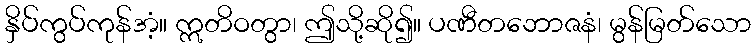
နှိပ်ကွပ်ကုန်အံ့။ ဣတိဝတွာ၊ ဤသို့ဆို၍။ ပဏီတဘောဇနံ၊ မွန်မြတ်သော